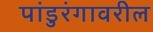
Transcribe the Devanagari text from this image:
पांडुरंगावरील